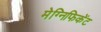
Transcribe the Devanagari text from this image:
मेग्निफिकेंट